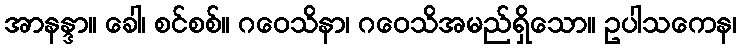
အာနန္ဒာ။ ခေါ၊ စင်စစ်။ ဂဝေသိနာ၊ ဂဝေသိအမည်ရှိသော။ ဥပါသကေန၊